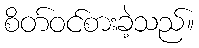
စိတ်ဝင်စားခဲ့သည်။